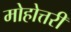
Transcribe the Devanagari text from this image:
मोहोत्तरी